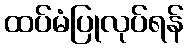
ထပ်မံပြုလုပ်ရန်